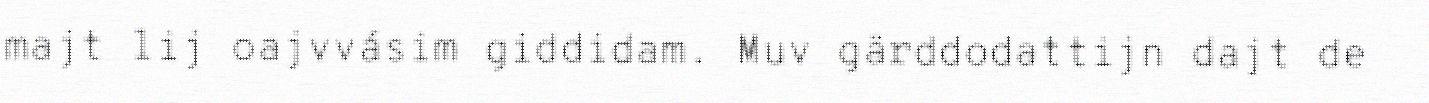
majt lij oajvvásim giddidam. Muv gärddodattijn dajt de